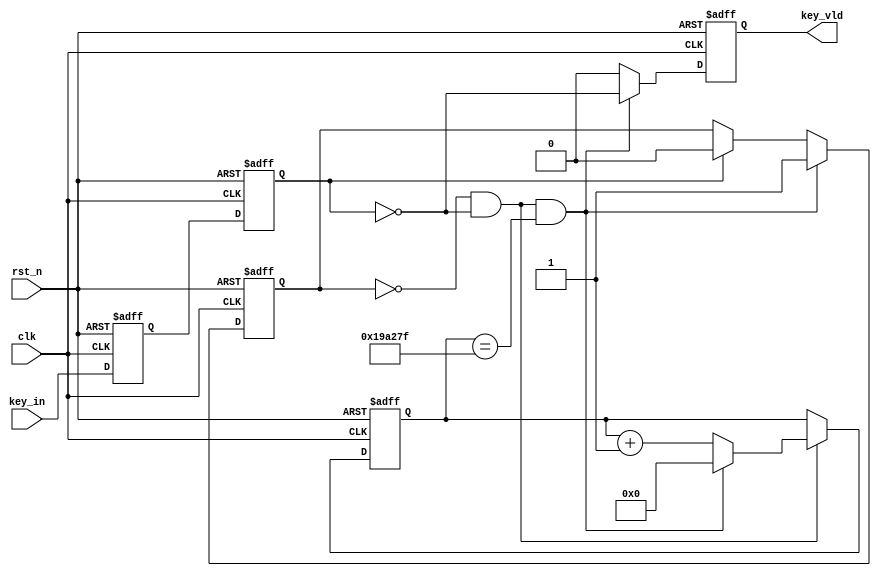
module key_filter(
      input             clk    ,    
      input             rst_n  ,
      input             key_in ,  
      output    reg     key_vld
);
    parameter   TIME_20MS = 1_680_000;  //clk:84MHz  20ms*84Mhz/1s


    reg           [20:0]        cnt    ;
    wire                        add_cnt;
    wire                        end_cnt;

    reg                         key_in_ff0;
    reg                         key_in_ff1;
    
    reg                         flag      ;


    
    always @(posedge clk or negedge rst_n)begin
        if(!rst_n)begin
            cnt <= 0;
        end
        else if(add_cnt)begin 
            if(end_cnt)
                cnt <= 0;
            else
                cnt <= cnt + 1;
        end
    end

    assign add_cnt = flag == 1'b0 && key_in_ff1 != 1'b1;       
    assign end_cnt = add_cnt && cnt== TIME_20MS - 1;   

 //flag
    
    always  @(posedge clk or negedge rst_n)begin
        if(rst_n==1'b0)begin
            flag <= 1'b0;
        end
        else if(end_cnt)begin
            flag <= 1'b1;        
        end
        else if(key_in_ff1 == 1'b1)begin
            flag <= 1'b0;
        end
    end

//key_in
    
    always  @(posedge clk or negedge rst_n)begin
        if(rst_n==1'b0)begin
            key_in_ff0 <= 0;
            key_in_ff1 <= 0;
        end
        else begin
            key_in_ff0 <= key_in;
            key_in_ff1 <= key_in_ff0;
        end
    end

//key_vld
    
    always  @(posedge clk or negedge rst_n)begin
        if(rst_n==1'b0)begin
            key_vld <= 0;
        end
        else if(end_cnt)begin
            key_vld <= ~key_in_ff1;
        end
        else begin
            key_vld <= 0;
        end
    end

endmodule